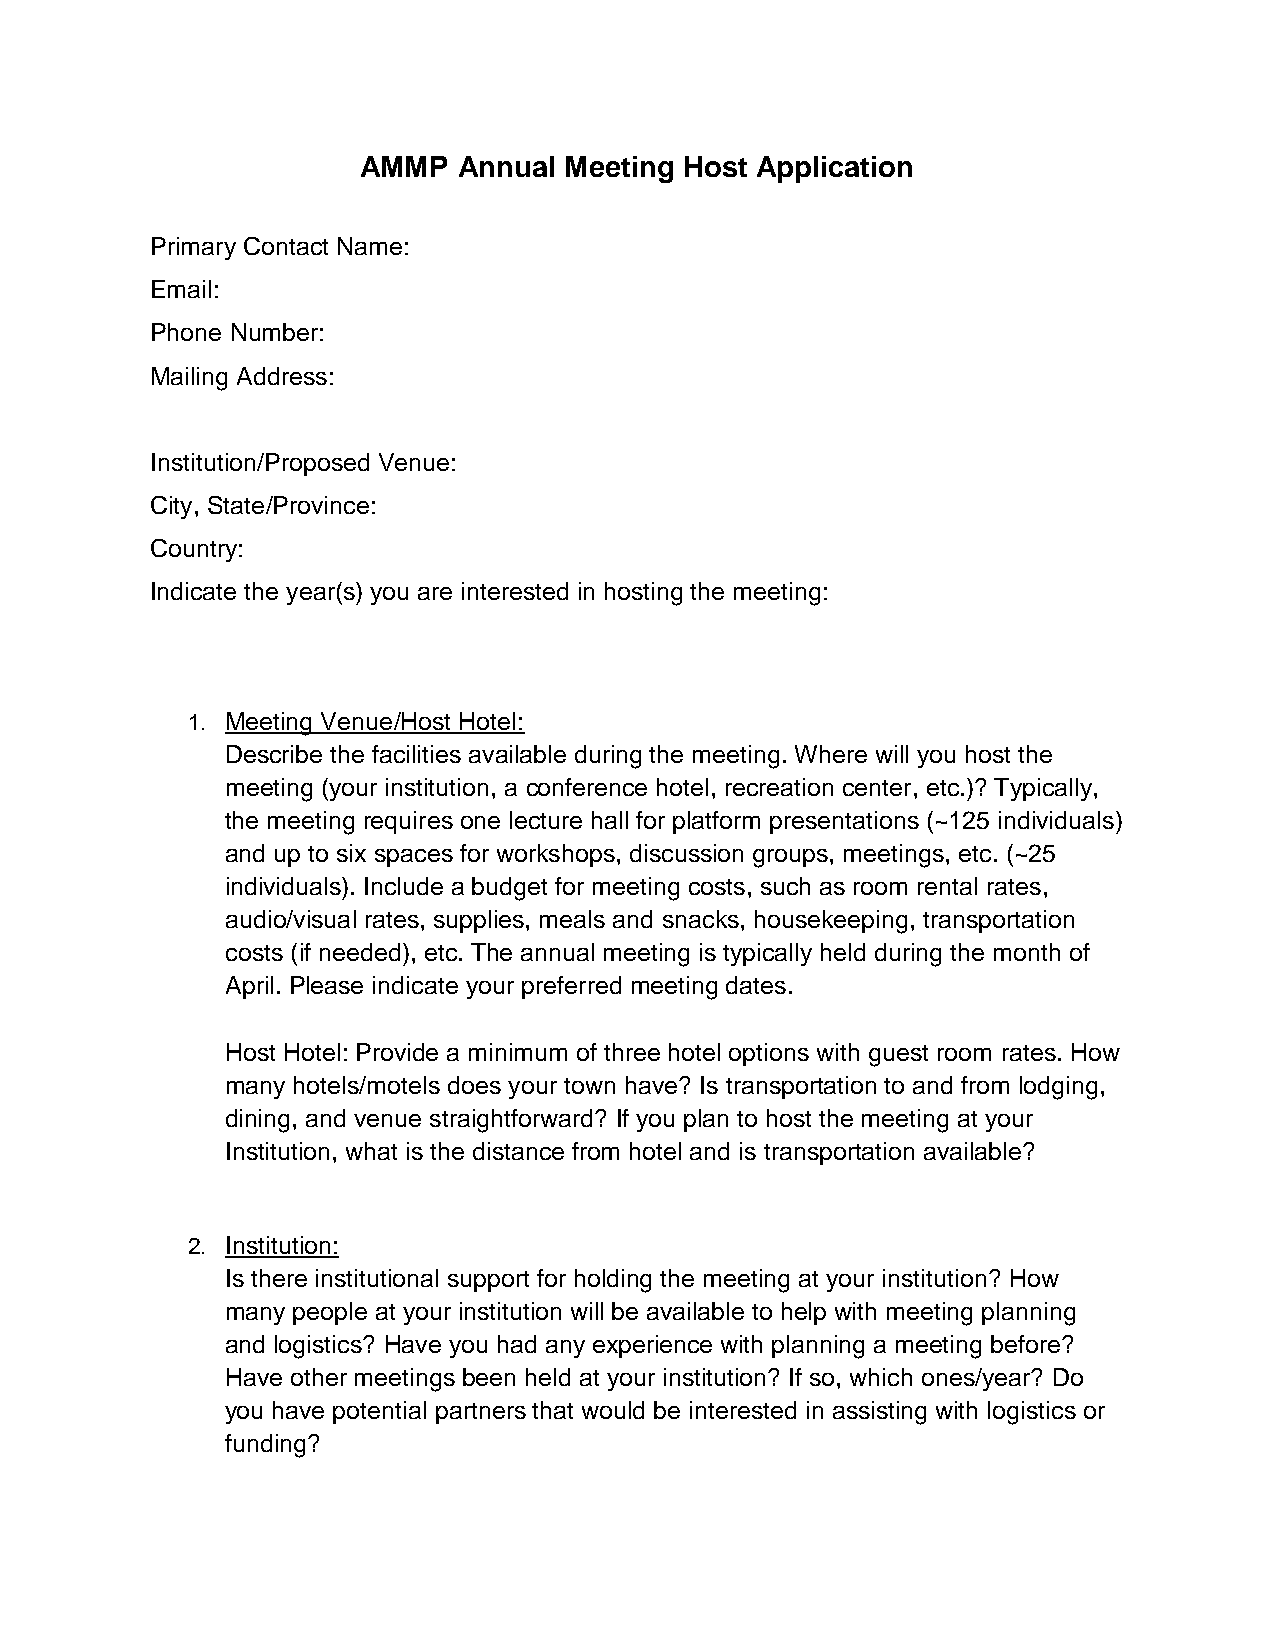
AMMP  Annual Meeting Host Application
 Primary Contact Name:
 Email:
 Phone Number:
 Mailing Address:
 Institution/Proposed Venue:
 City, State/Province:
 Country:
 Indicate the year(s) you are interested in hosting the meeting:
 1. Meeting Venue/Host Hotel:
 Describe the facilities available during the meeting. Where will you host the
 meeting (your institution, a conference hotel, recreation center, etc.)? Typically,
 the meeting requires one lecture hall for platform presentations (~125 individuals)
 and up to six spaces for workshops, discussion groups, meetings, etc. (~25
 individuals). Include a budget for meeting costs, such as room rental rates,
 audio/visual rates, supplies, meals and snacks, housekeeping, transportation
 costs (if needed), etc. The annual meeting is typically held during the month of
 April. Please indicate your preferred meeting dates.
 Host Hotel: Provide a minimum of three hotel options with guest room rates. How
 many hotels/motels does your town have? Is transportation to and from lodging,
 dining, and venue straightforward? If you plan to host the meeting at your
 Institution, what is the distance from hotel and is transportation available?
 2. Institution:
 Is there institutional support for holding the meeting at your institution? How
 many people at your institution will be available to help with meeting planning
 and logistics? Have you had any experience with planning a meeting before?
 Have other meetings been held at your institution? If so, which ones/year? Do
 you have potential partners that would be interested in assisting with logistics or
 funding?